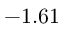
- 1 . 6 1